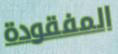
المفقودة